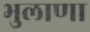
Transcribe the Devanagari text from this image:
भुलाणा